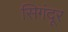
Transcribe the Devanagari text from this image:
सिगंदूर